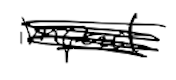
Text: impact
Cross-out: scratch
Writing tool: digital_black